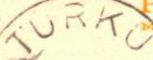
TURKU